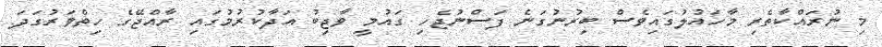
މި ނުރައްކާތެރި މާހައުލުގައިވެސް ބިރުނުގަނެ ފަސްނުޖެހި ގައުމީ ވާޖިބު އަދާކުރުމުގައި ރާއްޖޭގެ ހިތްވަރުގަދަ